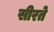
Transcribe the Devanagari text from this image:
सीरते